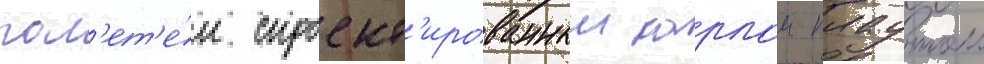
пол'ет'е́л спроект'ированныи карлом плаутом